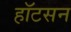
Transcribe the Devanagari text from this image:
हॉटसन